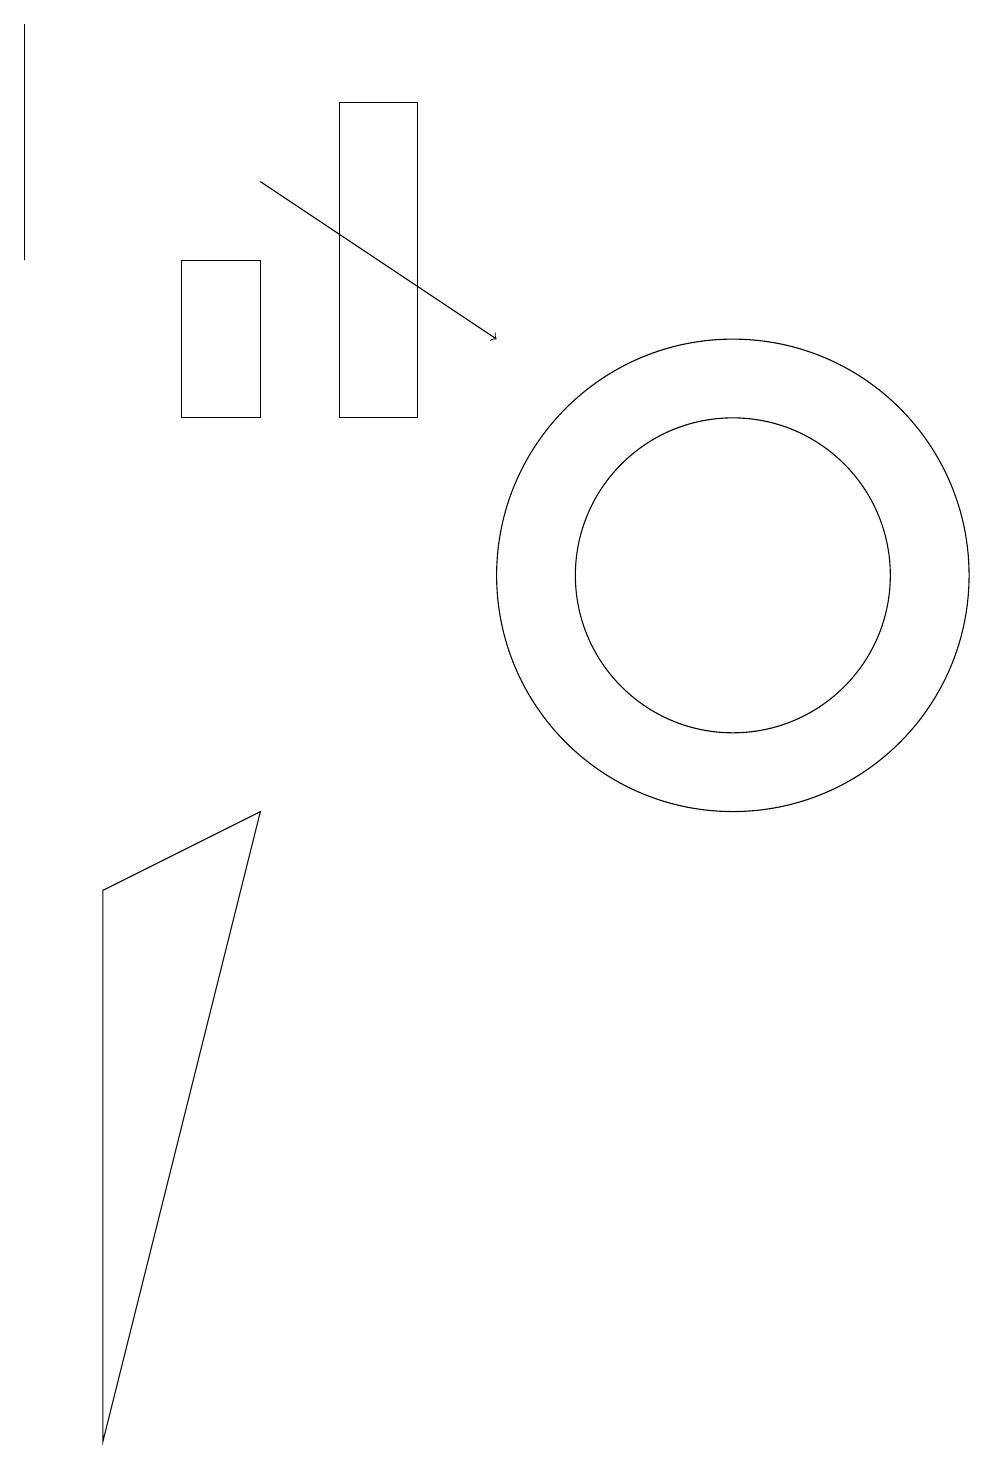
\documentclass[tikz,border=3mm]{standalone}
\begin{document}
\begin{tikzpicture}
\draw (4,8) -- (2,0) -- (2,7) -- cycle;
\draw (10,11) circle (3);
\draw (6,13) rectangle (5,17);
\draw (1,15) rectangle (1,18);
\draw (4,15) rectangle (3,13);
\draw (10,11) circle (2);
\draw[->] (4,16) -- (7,14);
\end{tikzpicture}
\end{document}